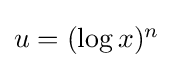
{\textstyle u=(\log x)^{n}}